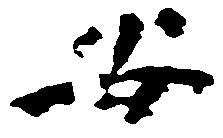
安